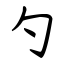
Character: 勺